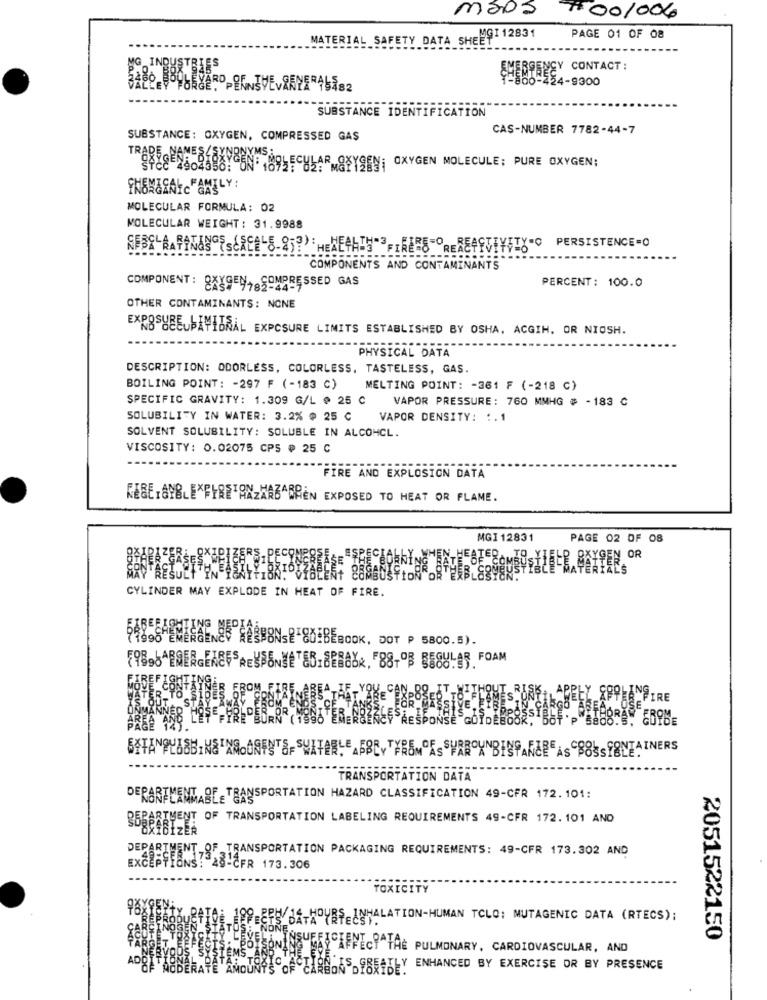
mãos
7100/006
MATERIAL SAFETY DATA SHEMGI 12831
PAGE 01 OF 08
SHERPENEY CONTACT:
24-9300
SUBSTANCE IDENTIFICATION
CAS-NUMBER 7782-44-7
SUBSTANCE: OXYGEN, COMPRESSED GAS
TRADE NAMES (SYNONYMS ALE
948818988618FARMS OXYGEN MOLECULE; PURE OXYGEN;
MOLECULAR FORMULA: 02
MOLECULAR WEIGHT: 31.9988
COMPONENTS AND CONTAMINANTS
PERCENT: 100.0
COMPONENT: 8789 97 .COMPRESSED GAS
OTHER CONTAMINANTS: NONE
XRBSHEEUSAYIDNÅL EXPOSURE LIMITS ESTABLISHED BY OSHA, ACGIH, OR NIOSH.
PHYSICAL DATA
DESCRIPTION: ODORLESS, COLORLESS, TASTELESS, GAS.
BOILING POINT: - 297 F (-183 C)
MELTING POINT: - 361 F (-218 C)
SPECIFIC GRAVITY: 1.309 G/L @ 25 C VAPOR PRESSURE: 760 MMHG # -183 C
SOLUBILITY IN WATER: 3.2% @ 25 C
VAPOR DENSITY: :. 1
SOLVENT SOLUBILITY: SOLUBLE IN ALCOHCL.
VISCOSITY: 0.02075 CP5 ₽ 25 C
FIRE AND EXPLOSION DATA
RESET&NBLEXFYRETANZARBARREN EXPOSED TO HEAT OR FLAME.
MGI 12831
PAGE 02 OF 08
TER
E.BAYSEN OR
CYLINDER MAY EXPLODE IN HEAT OF FIRE.
77898-EMER
ENES GESBENSE'SDiBEBOOK, DOT P 5800.5).
RE
ABBEYTERAMOES SPRBONNBISPANCREAS 88SSFONTAINERS
TRANSPORTATION DATA
DEPARTMENT OF TRANSPORTATION HAZARD CLASSIFICATION 49-CFR 172.101:
ENT OF TRANSPORTATION LABELING REQUIREMENTS 49-CFR 172. 101 AND
F.TRANSPORTATION PACKAGING REQUIREMENTS: 49-CFR 173.302 AND
EXCEPTIONS: 28-CFR 173.306
TOXICITY
EPH/1-HOURS INHALATION-HUMAN TCLQ: MUTAGENIC DATA (RTECS);
ÑOÑE
2051522150
SISONING ROY AFFECT"TAE PULMONARY, CARDIOVASCULAR, AND
ADUNTS OF CARE. ES. SBEATLY ENHANCED BY EXERCISE OR BY PRESENCE